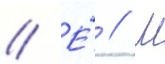
// Е́ // М